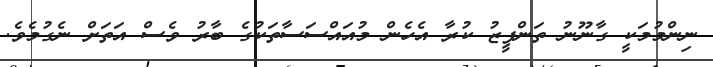
ނިންމުމަކީ ގާނޫނު ތަންފީޒު ކުރާ އެހެން މުއައްސަސާތަކުގެ ބާރު ވެސް އަތަށް ނެގުމެވެ.